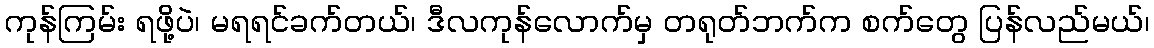
ကုန်ကြမ်း ရဖို့ပဲ၊ မရရင်ခက်တယ်၊ ဒီလကုန်လောက်မှ တရုတ်ဘက်က စက်တွေ ပြန်လည်မယ်၊